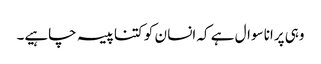
وہی پرانا سوال ہے کہ انسا ن کو کتنا پیسہ چاہیے۔